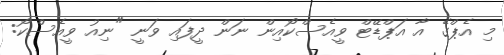
މި އެޕްގެ އާ އަޕްޑޭޓް ވީއެސްކޯއިން ނަން ދީފައި ވަނީ "ނިއު ވީއެސްކޯ: